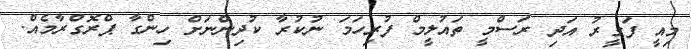
މިއީ ފަގީރު އަދި ރަސްމީ ތައުލީމް ފުރިހަަމަ ނުކުރާ ކުދިންނަށް ހިންގާ ޕްރޮގްރާމެއް.